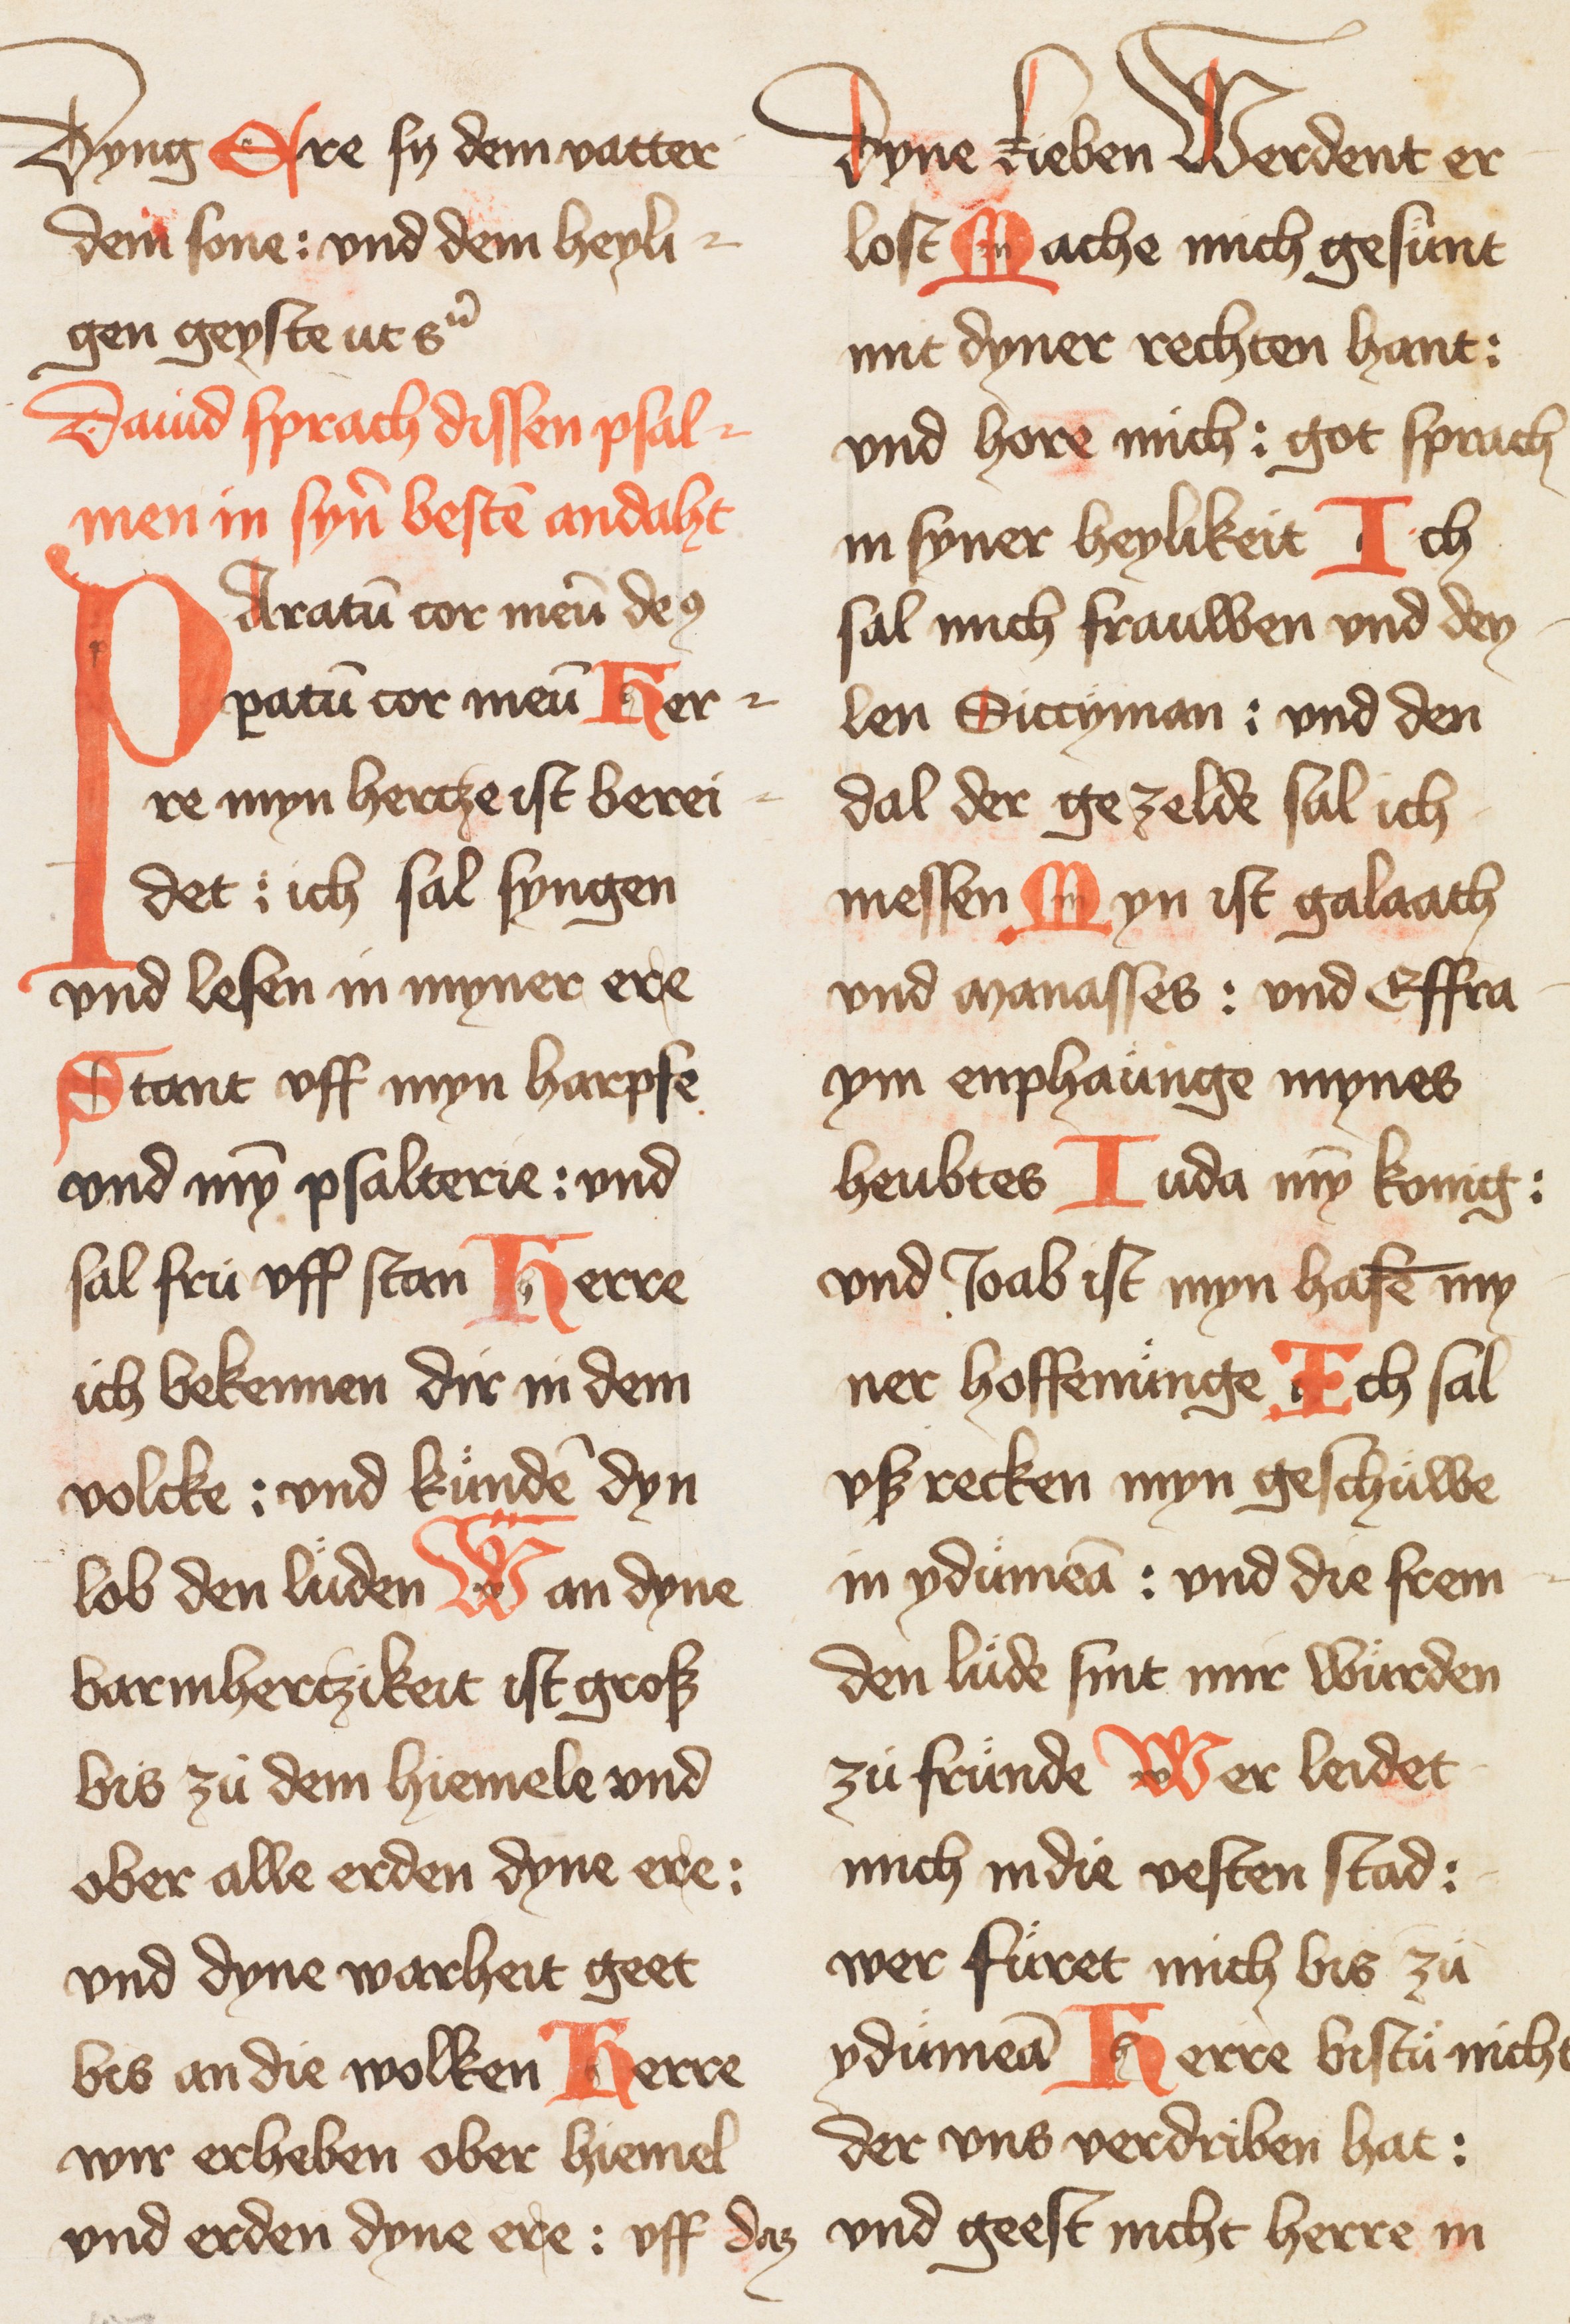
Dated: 1400–1424